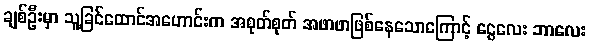
ချစ်ဦးမှာ သူ့ခြင်ထောင်အဟောင်းက အစုတ်စုတ် အဖာဖာဖြစ်နေသောကြောင့် ငွေလေး ဘာလေး